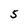
Character: S